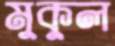
মুকুল